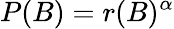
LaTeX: P(B)=r(B)^{\alpha}